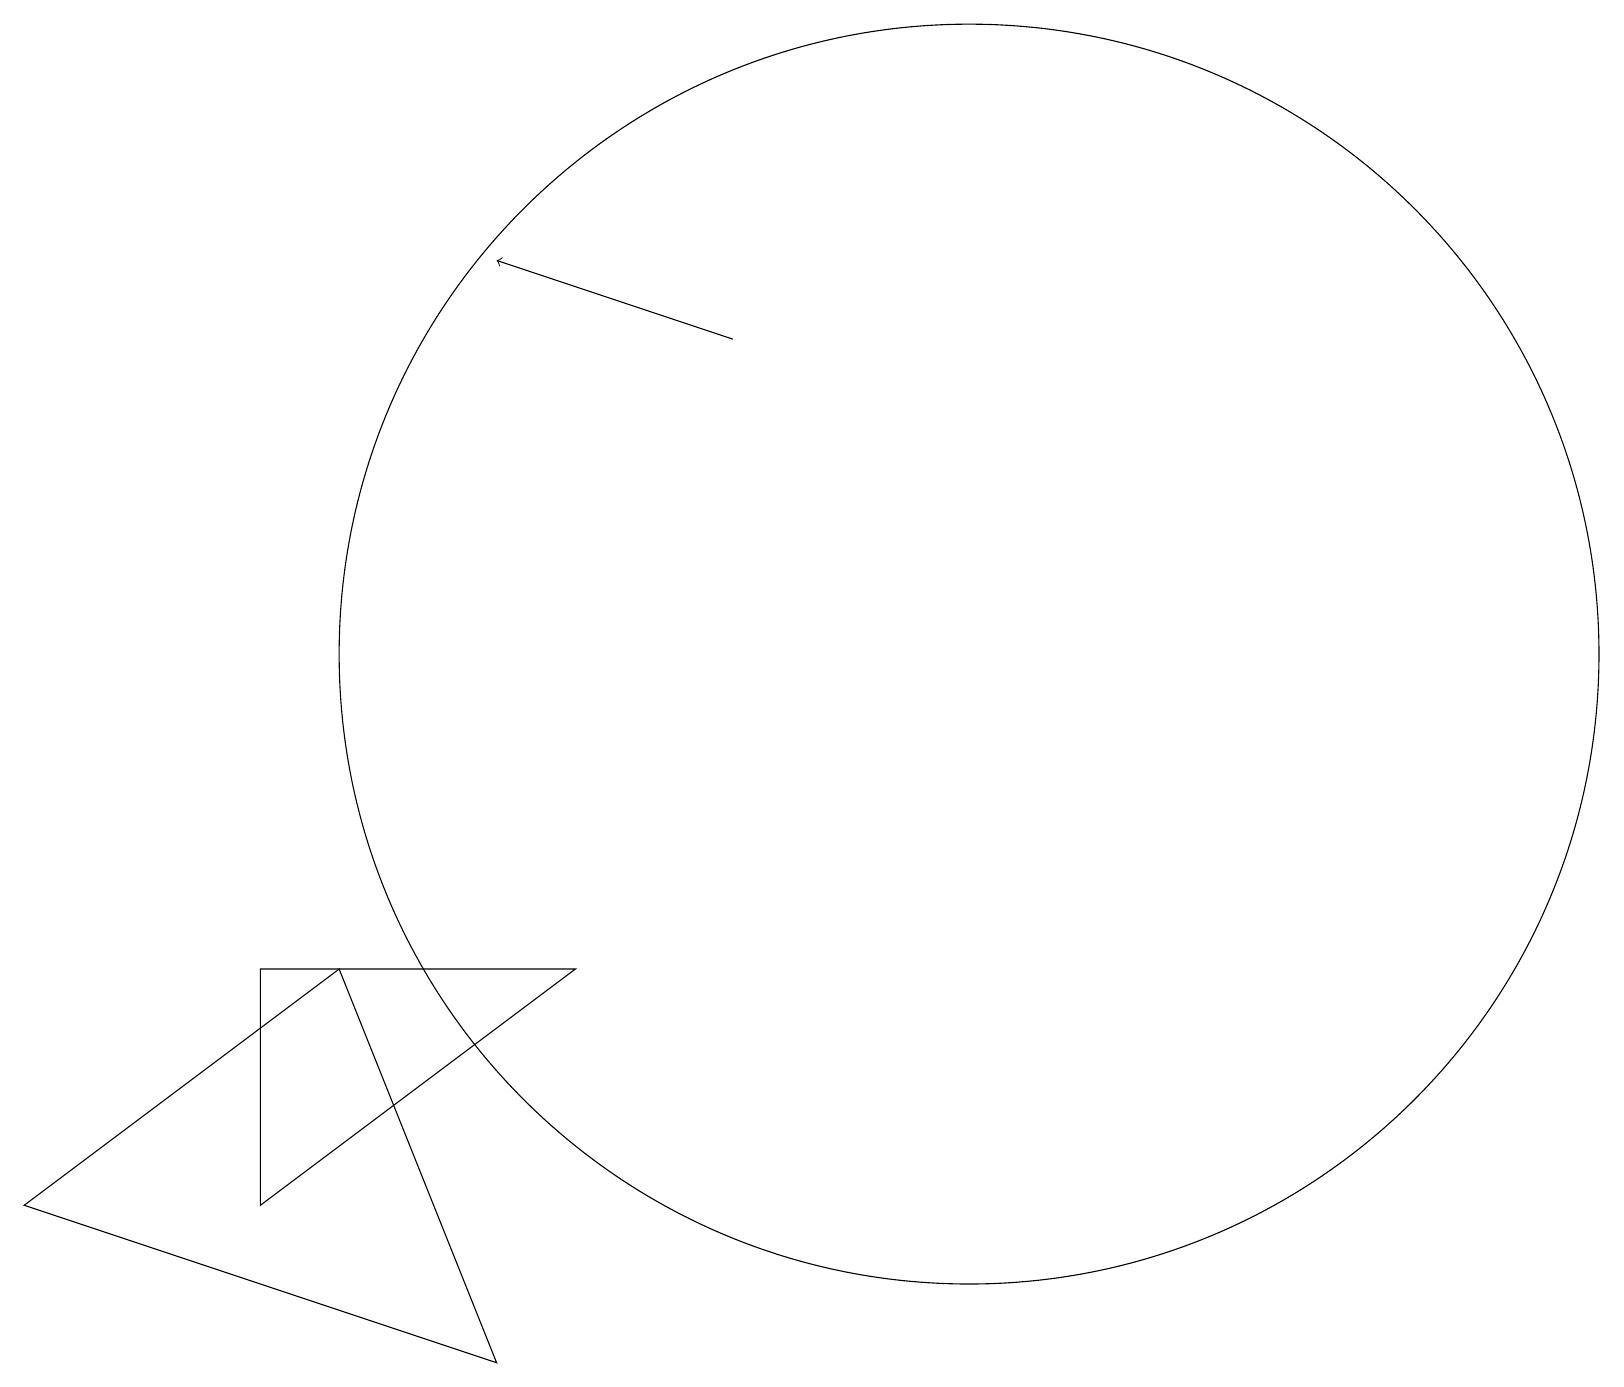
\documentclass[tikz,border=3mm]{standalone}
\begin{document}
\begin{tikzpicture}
\draw (11,11) circle (0);
\draw (3,7) -- (3,4) -- (7,7) -- cycle;
\draw[->] (9,15) -- (6,16);
\draw (12,11) circle (8);
\draw (0,4) -- (6,2) -- (4,7) -- cycle;
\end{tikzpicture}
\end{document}